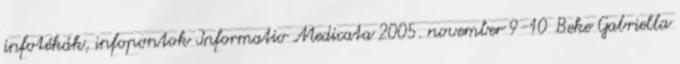
infotékák, infopontok Informatio Medicata 2005. november 9-10 Beke Gabriella